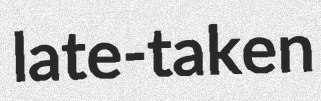
late-taken